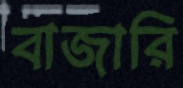
বাজারি